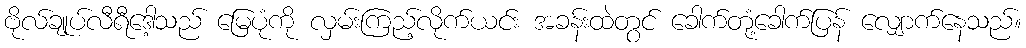
ဗိုလ်ချုပ်လီရီဒေါ့သည် မြေပုံကို လှမ်းကြည့်လိုက်ယင်း အခန်းထဲတွင် ခေါက်တုံ့ခေါက်ပြန် လျှောက်နေသည်။